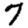
Digit: 7